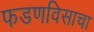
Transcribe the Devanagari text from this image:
फडणविसाचा